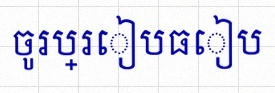
ចូរប្រៀបធៀប